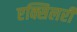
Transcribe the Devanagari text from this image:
एक्सिलरी